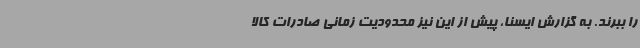
را ببرند. به گزارش ایسنا، پیش از این نیز محدودیت زمانی صادرات کالا